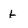
Character: t